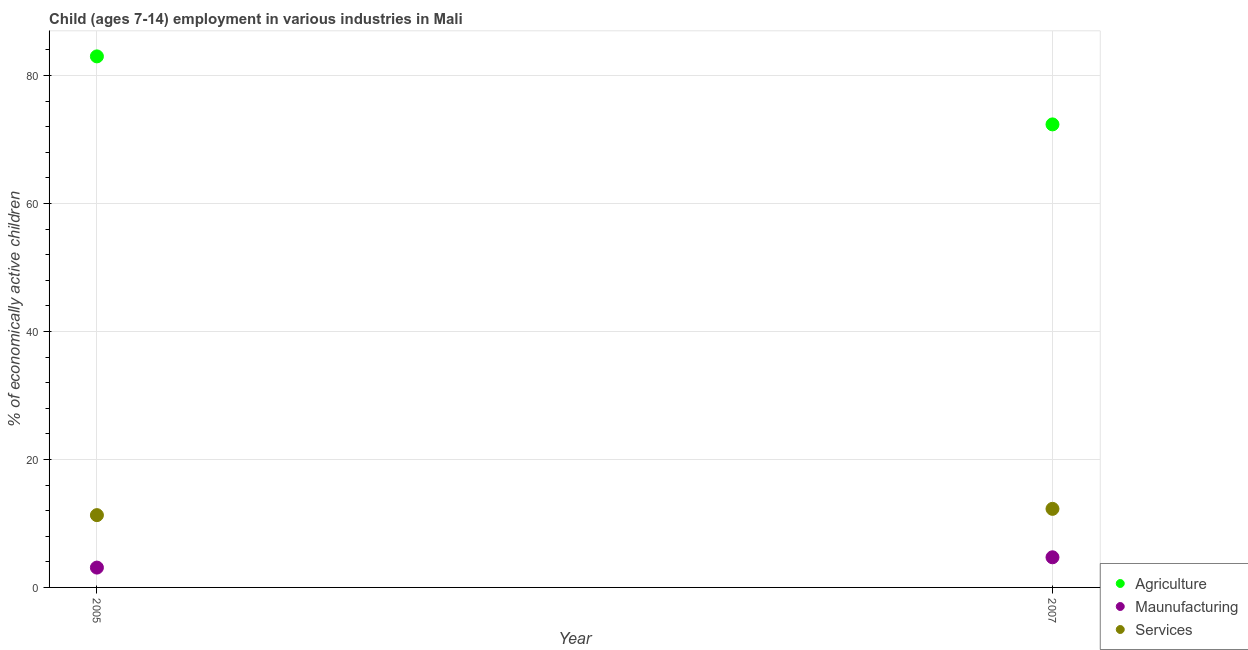
| Year | Agriculture | Maunufacturing | Services |
 | --- | --- | --- | --- |
 | 2005 | 83 | 3.1 | 11.3 |
 | 2007 | 72.4 | 4.71 | 12.3 |